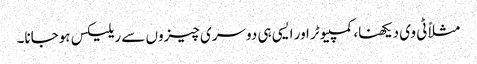
مثلاً ٹی وی دیکھنا، کمپیوٹر اور ایسی ہی دوسری چیزوں سے ریلیکس ہوجانا۔